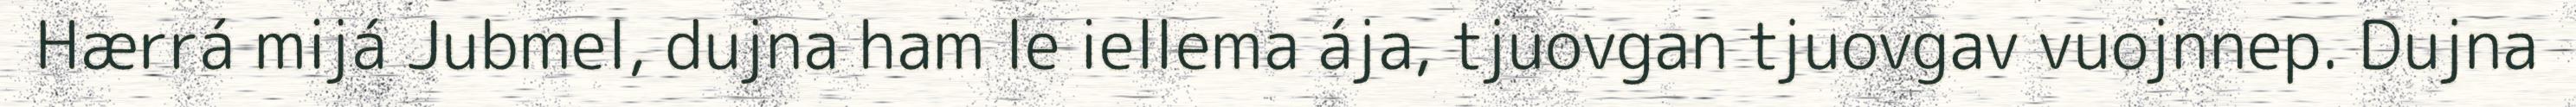
Hærrá mijá Jubmel, dujna ham le iellema ája, tjuovgan tjuovgav vuojnnep. Dujna